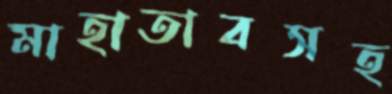
মাহাতাবসহ